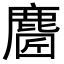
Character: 𪊼